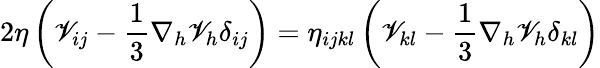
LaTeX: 2\eta\left(\mathscr{V}_{ij}-\frac{{1}}{{3}}\nabla_{h}\mathscr{V}_{h}\delta_{ij}\right)=\eta_{ijkl}\left(\mathscr{V}_{kl}-\frac{{1}}{{3}}\nabla_{h}\mathscr{V}_{h}\delta_{kl}\right)